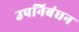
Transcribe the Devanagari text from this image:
उपनिबंधन